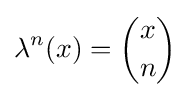
\lambda ^{n}(x)={\binom {x}{n}}